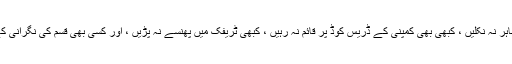
کیا آپ تصور کرسکتے ہیں کہ جب تک آپ چاہتے ہو کبھی بستر سے باہر نہ نکلیں ، کبھی بھی کمپنی کے ڈریس کوڈ پر قائم نہ رہیں ، کبھی ٹریفک میں پھنسے نہ پڑیں ، اور کسی بھی قسم کی نگرانی کے بغیر سیارے پر کہیں سے بھی کام کرنے کی صلاحیت رکھتے ہوں۔